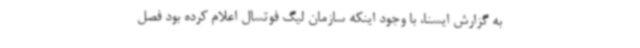
به گزارش ایسنا، با وجود اینکه سازمان لیگ فوتسال اعلام کرده بود فصل